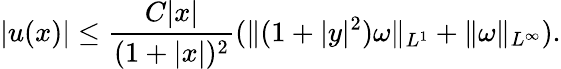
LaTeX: |u(x)|\leq\frac{C|x|}{(1+|x|)^{2}}(\| (1+|y|^{2})\omega\| _{L^{1}}+\| \omega\| _{L^{\infty}}).